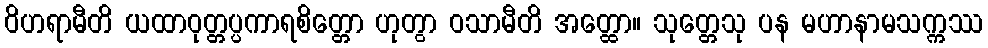
ဝိဟရာမီတိ ယထာဝုတ္တပ္ပကာရစိတ္တော ဟုတွာ ဝသာမီတိ အတ္ထော။ သုတ္တေသု ပန မဟာနာမသက္ကဿ